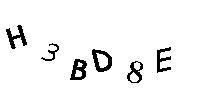
H3BD8E